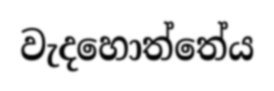
වැදහොත්තේය